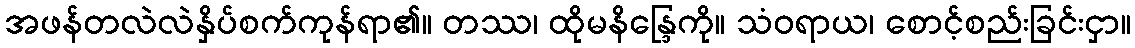
အဖန်တလဲလဲနှိပ်စက်ကုန်ရာ၏။ တဿ၊ ထိုမနိန္ဒြေကို။ သံဝရာယ၊ စောင့်စည်းခြင်းငှာ။